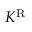
K ^ { \mathrm { R } }